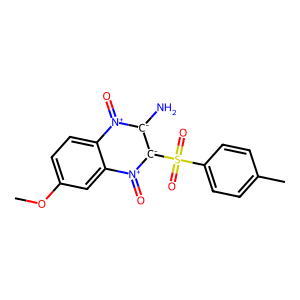
SMILES: COc1ccc2c(c1)[n+](=O)[c-](S(=O)(=O)c1ccc(C)cc1)[c-](N)[n+]2=O
Inhibits HIV replication: No